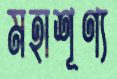
মহাশূণ্য